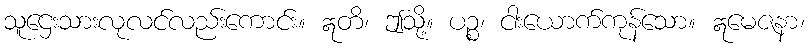
သူဌေးသားလုလင်လည်းကောင်း။ ဣတိ၊ ဤသို့။ ပဉ္စ၊ ငါးယောက်ကုန်သော။ ဣမေဇနာ၊